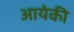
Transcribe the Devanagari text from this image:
आयेकी